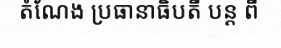
តំណែង ប្រធានាធិបតី បន្ត ពី